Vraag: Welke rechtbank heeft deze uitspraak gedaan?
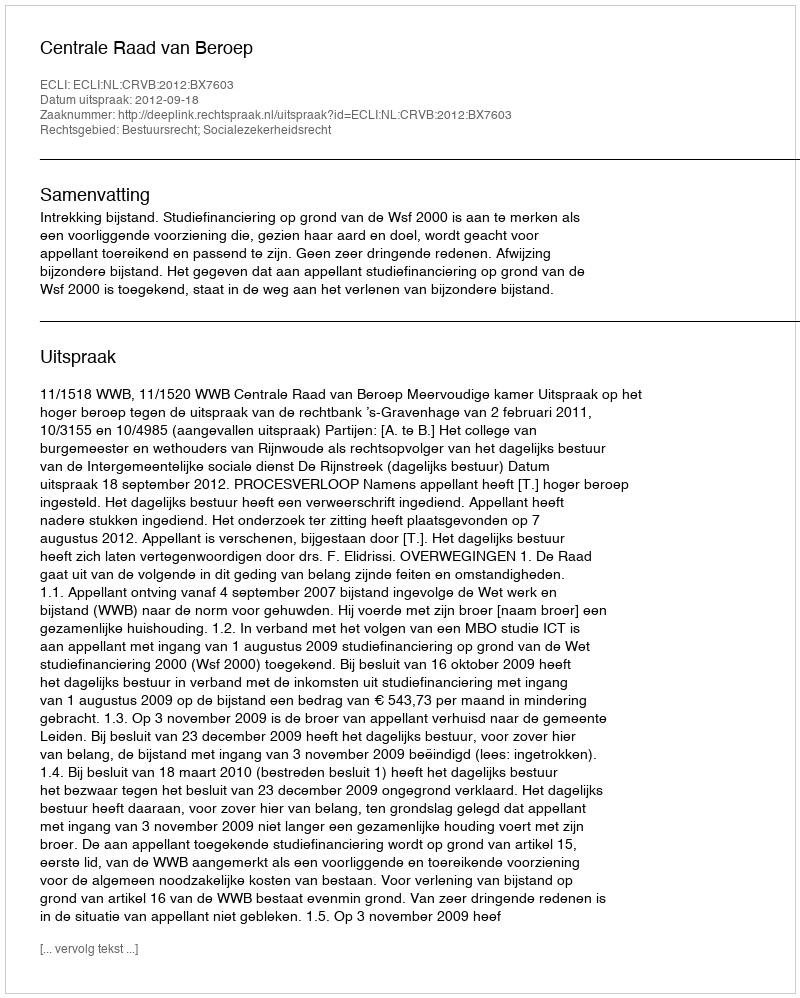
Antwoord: Centrale Raad van Beroep